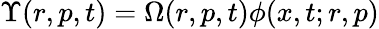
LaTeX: \Upsilon(r,p,t)=\Omega(r,p,t)\phi(x,t;r,p)